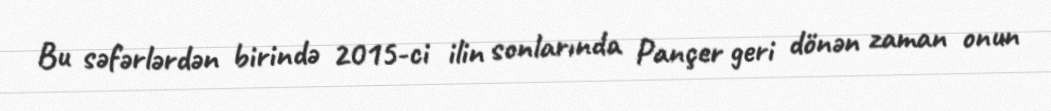
Bu səfərlərdən birində 2015-ci ilin sonlarında Pançer geri dönən zaman onun